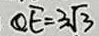
Q E = 3 \sqrt { 3 }